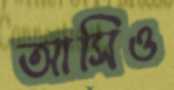
আসিও